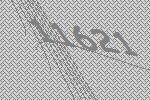
11621